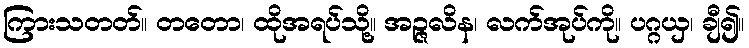
ကြားသတတ်။ တတော၊ ထိုအရပ်သို့။ အဉ္ဇလိန၊ လက်အုပ်ကို။ ပဂ္ဂယှ၊ ချီ၍။